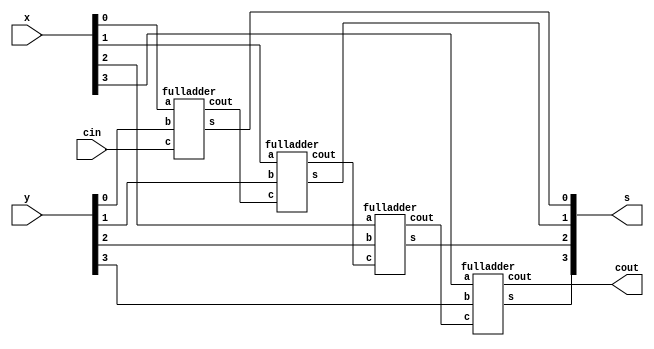
/* ========================================================= */
/*                     32BIT ADDER MODULE                    */
/* ========================================================= */

module add(x,y,s,cout,cin);
	input [3:0] x,y;
	output [3:0] s;
	input cin;
	output cout;
	wire c[3:0];
	
	fulladder f0 (x[0],y[0],cin,s[0],c[0]);
	fulladder f1 (x[1],y[1],c[0],s[1],c[1]);
	fulladder f2 (x[2],y[2],c[1],s[2],c[2]);
	fulladder f3 (x[3],y[3],c[2],s[3],cout);
endmodule

module fulladder(a, b, c, s, cout);
	input a, b, c;
	output s, cout;

	xor #1
		g1(w1, a, b),
		g2(s, w1, c);
	and #1
		g3(w2, c, b),
		g4(w3, c, a),
		g5(w4, a, b);
	or #1
		g6(cout, w2, w3, w4);
endmodule


/* ========================================================= */
/*                       TESTING                             */
/* ========================================================= */
/*
module testbench();
	wire [3:0] x,y,s;
	wire cin,cout; 
	testAdder test (x,y,s,cout,cin);
	add adder (x,y,s,cout,cin);
endmodule

module testAdder(a,b,s,cout,cin);
	input [3:0] s;
	input cout;
	output [3:0] a,b;
	output cin;
	reg [3:0] a,b;
	reg cin;
	
	initial
		begin
		$monitor($time,,"a=%d, b=%d, c=%b, s=%d,cout=%b",a,b,cin,s,cout);
		$display($time,,"a=%d, b=%d, c=%b, s=%d,cout=%b",a,b,cin,s,cout);
		#20 a=2; b=3; cin=0;
		#20 a=1; b=7; cin=0;
		#20  // Required for iverilog to show final values
		$display($time,,"a=%d, b=%d, c=%b, s=%d,cout=%b",a,b,cin,s,cout);
		end
endmodule*/